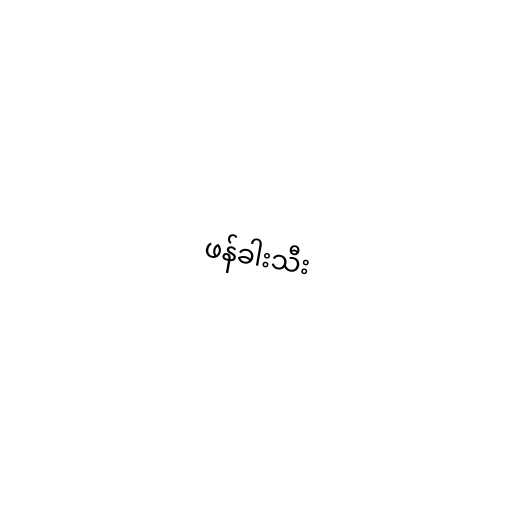
ဖန်ခါးသီး